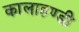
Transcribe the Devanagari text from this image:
कालाहण्डी